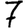
Digit: 7